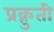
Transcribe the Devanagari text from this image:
प्रक्रुती